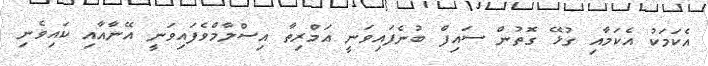
އެކަމަކު އެކަމާއި ގުޅޭ ގޮތުން ސައިފް ބުނެފައިވަނީ އަމްރިތާ އިސްލާމްވެފައިވަނީ އޭނާއާއި ކައިވެނި